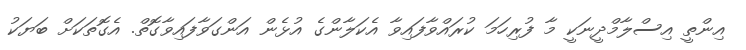
އިންތީ އިސްލާމްދީނަކީ މާ ފުރިހަމަ ކުރައްވާފައިވާ އެކަލާންގެ އުޅެން އަންގަވާފައިވާގޮތް. އެގޮތަކަށް ބަޔަކު